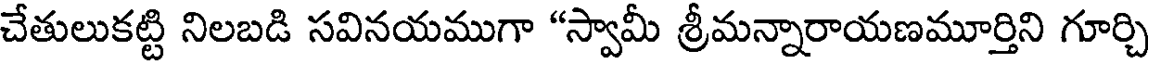
చేతులుకట్టి నిలబడి సవినయముగా "స్వామీ శ్రీమన్నారాయణమూర్తిని గూర్చి